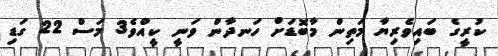
ކުރީގެ ބައިވެރިޔާ މަތިން މާބޮޑަށް ހަނދާން ވަނީ ކީއްވެ3 މަސް 22 ގަޑި